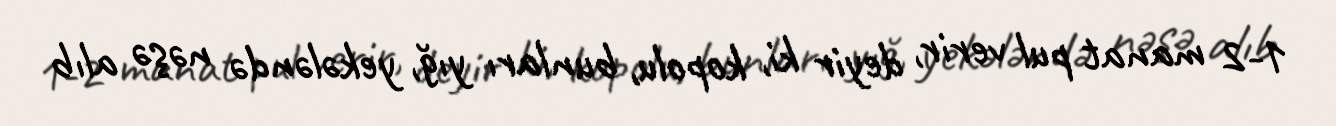
1-2 manat pul verir, deyir ki, kopolu, bunları yığ, yekələndə nəşə alıb